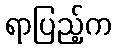
ရာပြည့်က